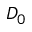
D _ { 0 }